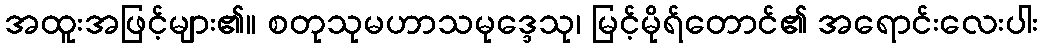
အထူးအဖြင့်များ၏။ စတုသုမဟာသမုဒ္ဒေသု၊ မြင့်မိုရ်တောင်၏ အရောင်းလေးပါး